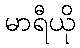
မာရီယို